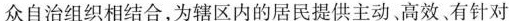
众自治组织相结合，为辖区内的居民提供主动、高效有针对